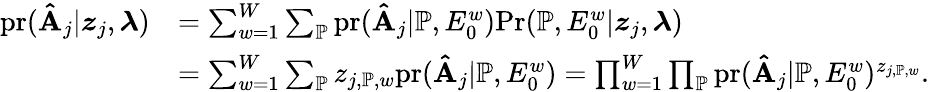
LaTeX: \begin{array}{rl}{\mathrm{pr}(\mathbf{\hat{A}}_{j}|\boldsymbol{z}_{j},\boldsymbol{\lambda})}&{=\sum_{w=1}^{W}\sum_{\mathbb{P}}\mathrm{pr}(\mathbf{\hat{A}}_{j}|\mathbb{P},E_{0}^{w})\mathrm{Pr}(\mathbb{P},E_{0}^{w}|\boldsymbol{z}_{j},\boldsymbol{\lambda})}\\ &{=\sum_{w=1}^{W}\sum_{\mathbb{P}}z_{j,\mathbb{P},w}\mathrm{pr}(\mathbf{\hat{A}}_{j}|\mathbb{P},E_{0}^{w})=\prod_{w=1}^{W}\prod_{\mathbb{P}}\mathrm{pr}(\mathbf{\hat{A}}_{j}|\mathbb{P},E_{0}^{w})^{z_{j,\mathbb{P},w}}.}\end{array}